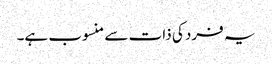
یہ فرد کی ذات سے منسوب ہے۔